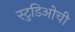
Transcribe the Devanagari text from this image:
स्टुडिओची